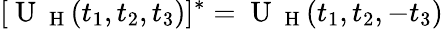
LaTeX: [\mathrm{~U~}_{\mathrm{~H~}}(t_{1},t_{2},t_{3})]^{*}=\mathrm{~U~}_{\mathrm{~H~}}(t_{1},t_{2},-t_{3})